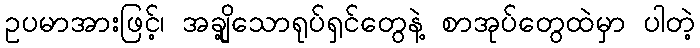
ဥပမာအားဖြင့်၊ အချို့သောရုပ်ရှင်တွေနဲ့ စာအုပ်တွေထဲမှာ ပါတဲ့